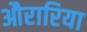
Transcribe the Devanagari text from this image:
औरारिया